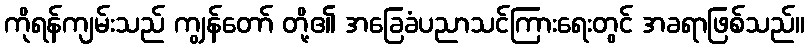
ကိုရန်ကျမ်းသည် ကျွန်တော် တို့၏ အခြေခံပညာသင်ကြားရေးတွင် အခရာဖြစ်သည်။